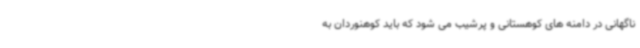
ناگهانی در دامنه های کوهستانی و پرشیب می شود که باید کوهنوردان به